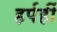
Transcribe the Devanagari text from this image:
हर्पर्ही